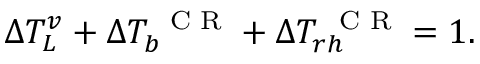
\Delta T _ { L } ^ { v } + \Delta T _ { b } ^ { \mathrm { ~ \scriptsize ~ C ~ R ~ } } + \Delta T _ { r h } ^ { \mathrm { ~ \scriptsize ~ C ~ R ~ } } = 1 .